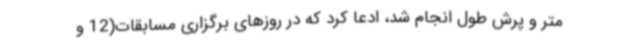
متر و پرش طول انجام شد، ادعا کرد که در روزهای برگزاری مسابقات(12 و